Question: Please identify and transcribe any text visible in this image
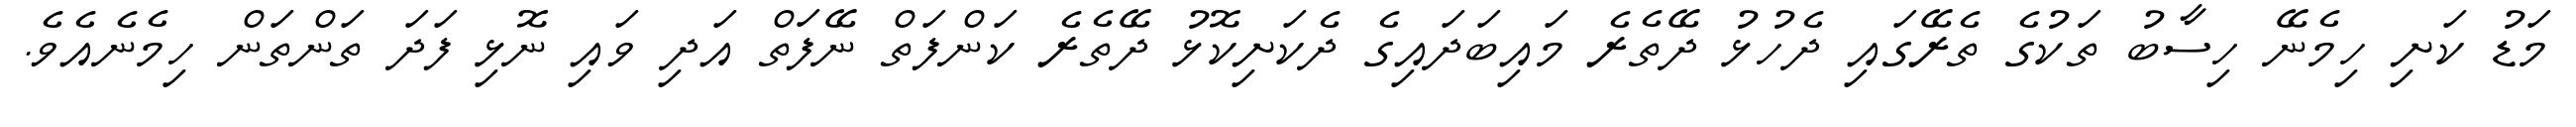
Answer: މަޑު ކަށި ހިމެނޭ ހިސާބު ތަކުގެ ތެރޭގައި ދެހުޅު ދޭތެރެ މައިބަދައިގެ ދެކަށިކޮޅު ދޭތެރެ ކަންފަތް ނޭފަތް އަދި ވައި ނޮޅި ފަދަ ތަންތަން ހިމެނެއެވެ.